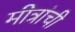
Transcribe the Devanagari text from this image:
मीत्रांची